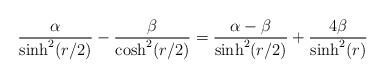
LaTeX: \begin{align*}\frac{\alpha}{\sinh^2(r/2)}- \frac{\beta}{\cosh^2(r/2)}= \frac{\alpha -\beta}{\sinh^2(r/2)}+ \frac{4\beta }{\sinh^2(r)}\end{align*}